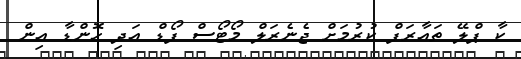
ކާ ޕްލޭ ތައާރަފް ކުރުމަށް ޖެނެރަލް މޯޓޯސް ފޯޑް އަދި ހޮންޑާ އިން